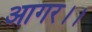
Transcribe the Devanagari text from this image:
आगर।।